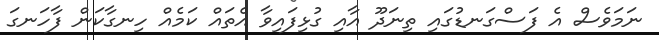
ނަމަވެސް އެ ފަސްގަނޑުގައި ތިނަދޫ އާއި ގުޅިފައިވާ އެތައް ކަމެއް ހިނގާކަން ފާހަނގަ